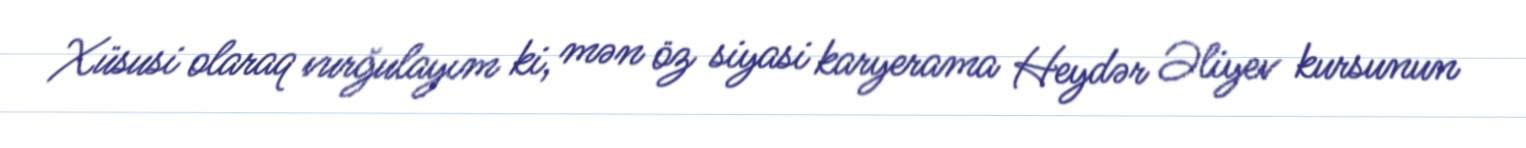
Xüsusi olaraq vurğulayım ki, mən öz siyasi karyerama Heydər Əliyev kursunun